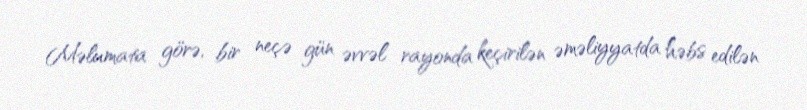
Məlumata görə, bir neçə gün əvvəl rayonda keçirilən əməliyyatda həbs edilən